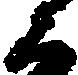
え